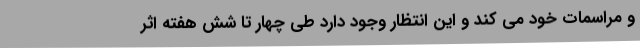
و مراسمات خود می کند و این انتظار وجود دارد طی چهار تا شش هفته اثر